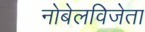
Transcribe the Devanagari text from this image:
नोबेलविजेता